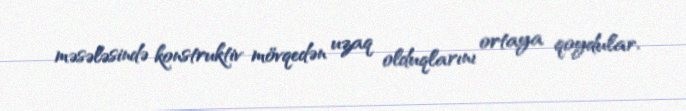
məsələsində konstruktiv mövqedən uzaq olduqlarını ortaya qoydular.